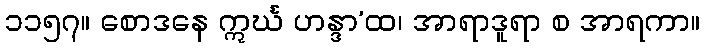
၁၁၅၇။ စောဒနေ ဣင်္ဃ ဟန္ဒာ’ထ၊ အာရာဒူရာ စ အာရကာ။